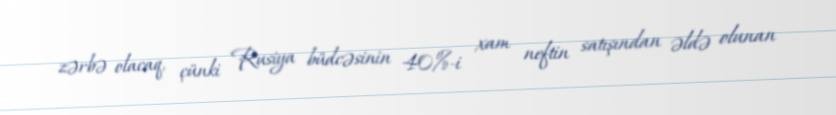
zərbə olacaq, çünki Rusiya büdcəsinin 40%-i xam neftin satışından əldə olunan